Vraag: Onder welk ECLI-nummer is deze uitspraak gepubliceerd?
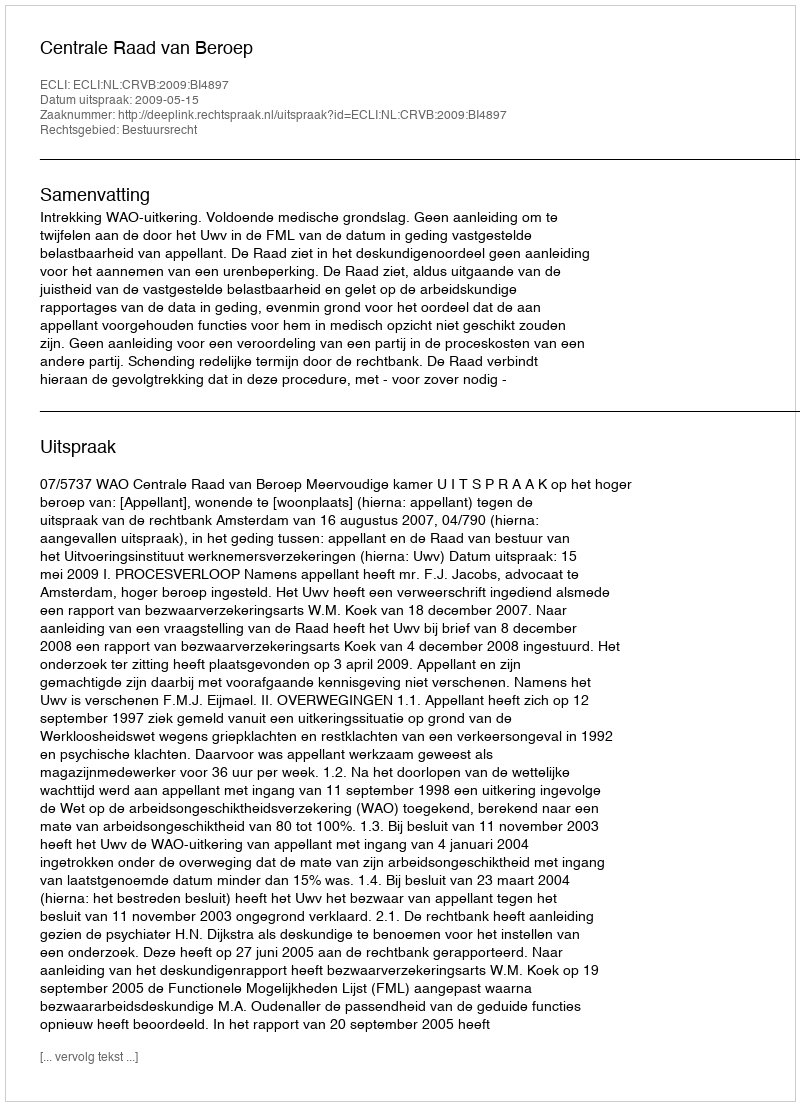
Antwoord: ECLI:NL:CRVB:2009:BI4897